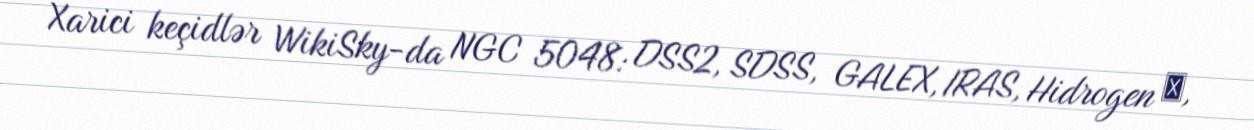
Xarici keçidlər WikiSky-da NGC 5048: DSS2, SDSS, GALEX, IRAS, Hidrogen α,